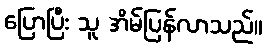
ပြောပြီး သူ အိမ်ပြန်လာသည်။